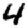
Digit: 4